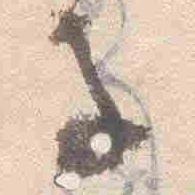
子